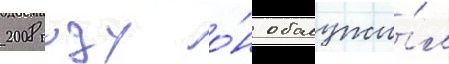
2008 году о́н обслужи́л